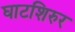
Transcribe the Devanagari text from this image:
घाटशिरुर